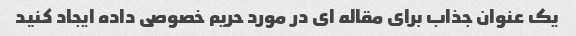
یک عنوان جذاب برای مقاله ای در مورد حریم خصوصی داده ایجاد کنید